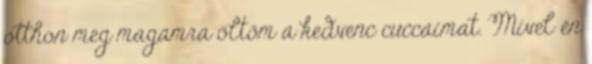
otthon meg magamra öltöm a kedvenc cuccaimat. Mivel én